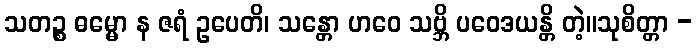
သတဉ္စ ဓမ္မော န ဇရံ ဥပေတိ၊ သန္တော ဟဝေ သဗ္ဘိ ပဝေဒယန္တိ တဲ့။သုစိတ္တာ -